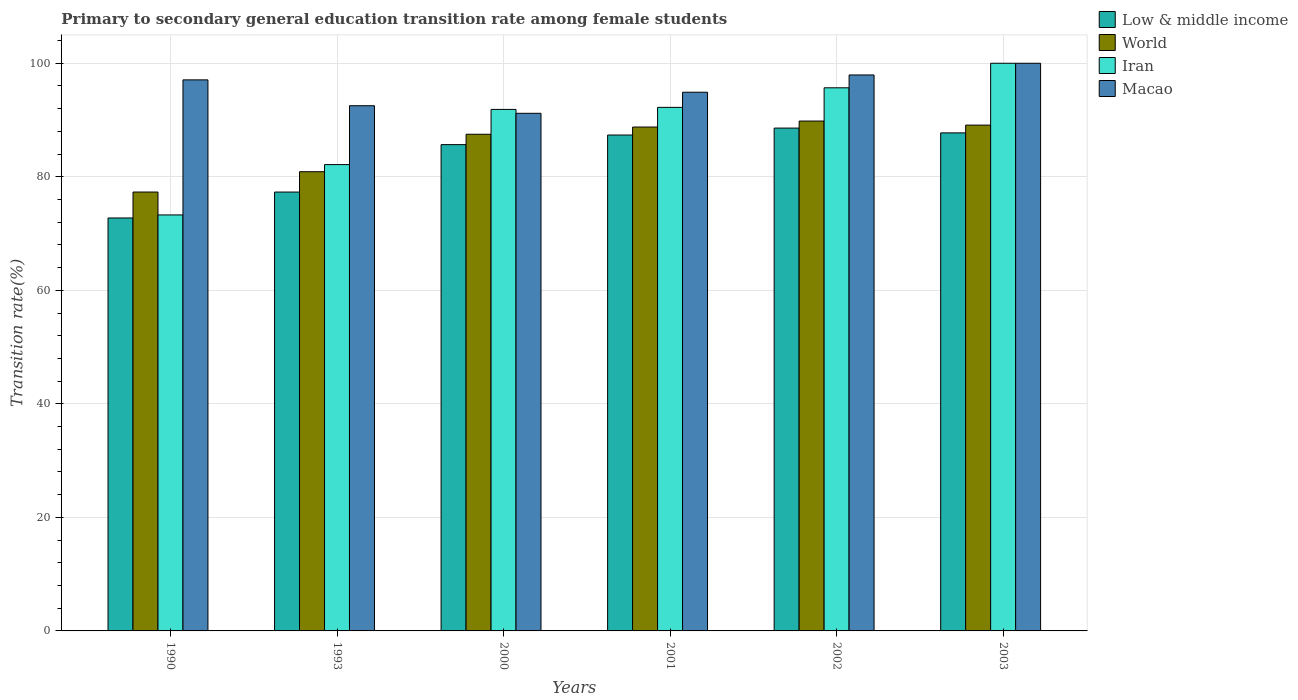
| Years | Low & middle income | World | Iran | Macao |
 | --- | --- | --- | --- | --- |
 | 1990 | 72.7 | 77.3 | 73.3 | 97.1 |
 | 1993 | 77.3 | 80.9 | 82.2 | 92.5 |
 | 2000 | 85.7 | 87.5 | 91.9 | 91.2 |
 | 2001 | 87.4 | 88.8 | 92.2 | 94.9 |
 | 2002 | 88.6 | 89.8 | 95.7 | 97.9 |
 | 2003 | 87.7 | 89.1 | 100 | 100 |